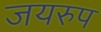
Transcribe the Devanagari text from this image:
जयरुप